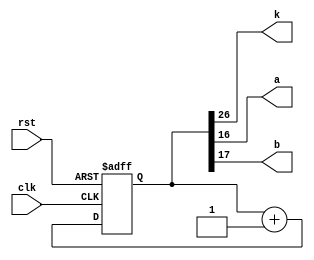
`timescale 1ns / 1ps
//////////////////////////////////////////////////////////////////////////////////
// Company: 
// Engineer: 
// 
// Design Name: 
// Module Name: frequency_divider_about_1hz
// Project Name: 
// Target Devices: 
// Tool Versions: 
// Description: 
// 
// Dependencies: 
// 
// Revision:
// Revision 0.01 - File Created
// Additional Comments:
// 
//////////////////////////////////////////////////////////////////////////////////


module frequency_divider_about_1hz(clk, rst, k, a, b);
    input clk, rst;  //rst is a n active low reset
    output k;
    output a, b;
    reg [26:0] q_temp;
    reg [26:0] q;
    reg k;
    reg a, b;
    always @* begin
        q_temp = q + 1'b1;
        k = q[26];
        a <= q[16];
        b <= q[17];
    end
    always @(posedge clk or negedge rst) begin
        if(~rst) begin
            q <= 27'b000000000000000000000000000;
        end
        else begin
            q <= q_temp;
        end
    end
    
endmodule